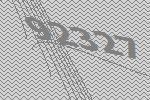
92327